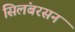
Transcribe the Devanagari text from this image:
सिलंबरसन